Lunatic asylums Central Provinces reports 1874-1885 - 1874-1885
Year: 1874
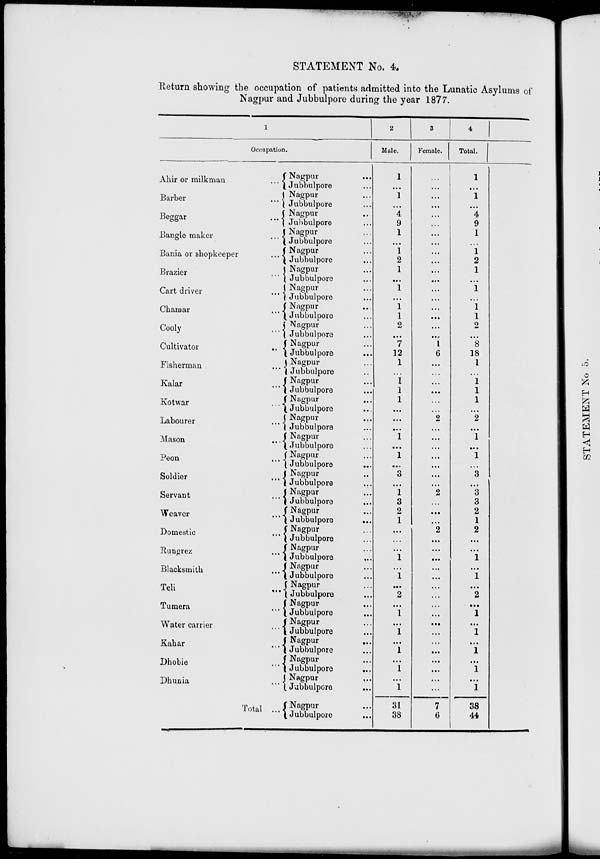
STATEMENT No. 4.
Return showing the occupation of patients admitted into the Lunatic Asylums of
Nagpur and Jubbulpore during the year 1877.
1
Occupation.
Ahir or milkman
...
Barber
...
Beggar
...
Bangle maker
...
Bania or shopkeeper
...
Brazier
...
Cart driver
...
Chamar
...
Cooly
...
Cultivator
...
Fisherman ...
Kalar ...
Kotwar ...
Labourer ...
Mason ...
Peon ...
Soldier ...
Servant ...
Weaver ...
Domestic ...
Rungrez ...
Blacksmith ...
Teli ...
Tumera ...
Water carrier ...
Kahar ...
Dhobie ...
Dhunia ...
Total ...
Nagpur ...
Jubbulpore ...
Nagpur ...
Jubbulpore ...
Nagpur ...
Jubbulpore ...
Nagpur ...
Jubbulpore ...
Nagpur ...
Jubbulpore ...
Nagpur ...
Jubbulpore ...
Nagpur ...
Jubbulpore ...
Nagpur ...
Jubbulpore ...
Nagpur ....
Jubbulpore ...
Nagpur ...
Jubbulpore ...
Nagpur ...
Jubbulpore ...
Nagpur ...
Jubbulpore
...
Nagpur ...
Jubbulpore ...
Nagpur ...
Jubbulpore ...
Nagpur ...
Jubbulpore ....
Nagpur ...
Jubbulpore
...
Nagpur ...
Jubbulpore ...
Nagpur ...
Jubbulpore ...
Nagpur ...
Jubbulpore ...
Nagpur ...
Jubbulpore ...
Nagpur ...
Jubbulpore ...
Nagpur ...
Jubbulpore ...
Nagpur ...
Jubbulpore ...
Nagpur ...
Jubbulpore ...
Nagpur ...
Jubbulpore ...
Nagpur
...
Jubbulpore ...
Nagpur ...
Jubbulpore
...
Nagpur
...
Jubbulpore
...
Nagpur ...
Jubbulpore ...
2
Male.
1
...
1
...
4
9
1
...
1
2
1
...
1
...
1
1
2
... 7
12
1
...
1
1
1
...
...
...
1
...
1
...
3
...
1
3
2
1
...
...
...
1
...
1
...
2
...
1
...
1
...
1
...
1
...
1
31
38
3
Female.
...
...
...
... ...
... ...
...
... ... ...
... ...
...
...
... ...
... 1
6
...
...
...
...
...
...
2
...
...
...
...
...
...
...
2
...
...
...
2
...
...
...
...
...
...
...
...
...
...
...
...
...
...
...
...
...
7
6
4
Total.
1
...
1
...
4
9
1
... 1
2
1
...
1
...
1
1
2
...
8
18
1
...
1
1
1
...
2
...
1
...
1
...
3
...
3
3
2
1
2
...
...
1
...
1
...
2
...
1
...
1
...
1
...
1
...
1
38
44